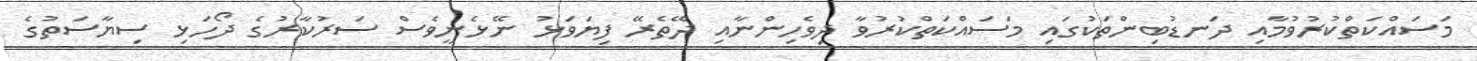
މަސައްކަތްކުރުވުމާއި ދަނޑުބިންތަކުގައި މަސައްކަތްކުރުވާ ދިވެހިންނާއި ދޭތެރޭ ފިޔަވަޅު ނޭޅެނީވެސް ސަރުކާރުގެ ދޯހަޅި ސިޔާސަތުގެ